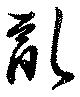
乱